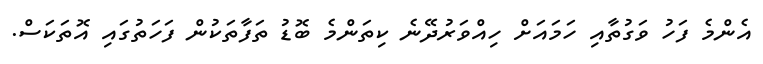
އެންމެ ފަހު ވަގުތާއި ހަމައަށް ހިއްވަރުދޭނެ ކިތަންމެ ބޮޑު ތަފާތަކުން ފަހަތުގައި އޮތަކަސް.